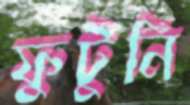
ফুটুনি